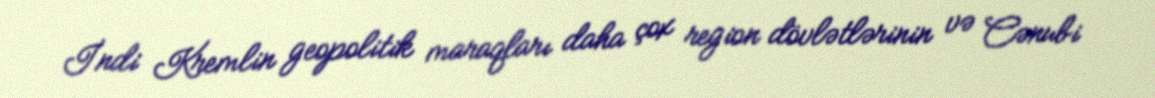
İndi Kremlin geopolitik maraqları daha çox region dövlətlərinin və Cənubi